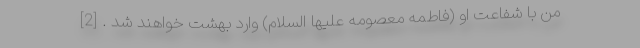
من با شفاعت او (فاطمه معصومه عليها السلام) وارد بهشت خواهند شد . [2]